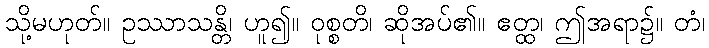
သို့မဟုတ်။ ဥဿာသန္တိ၊ ဟူ၍။ ဝုစ္စတိ၊ ဆိုအပ်၏။ ဧတ္ထ၊ ဤအရာ၌။ တံ၊